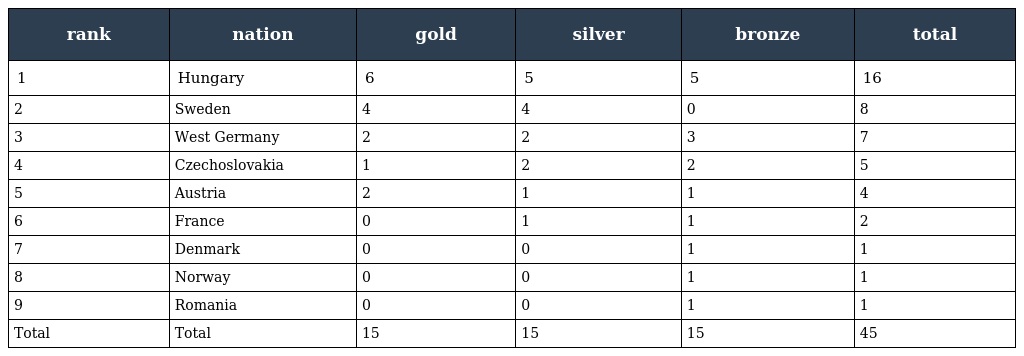
| rank | nation | gold | silver | bronze | total |
 | --- | --- | --- | --- | --- | --- |
 | 1 | Hungary | 6 | 5 | 5 | 16 |
 | 2 | Sweden | 4 | 4 | 0 | 8 |
 | 3 | West Germany | 2 | 2 | 3 | 7 |
 | 4 | Czechoslovakia | 1 | 2 | 2 | 5 |
 | 5 | Austria | 2 | 1 | 1 | 4 |
 | 6 | France | 0 | 1 | 1 | 2 |
 | 7 | Denmark | 0 | 0 | 1 | 1 |
 | 8 | Norway | 0 | 0 | 1 | 1 |
 | 9 | Romania | 0 | 0 | 1 | 1 |
 | Total | Total | 15 | 15 | 15 | 45 |